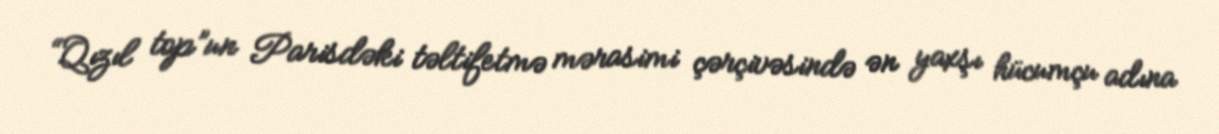
“Qızıl top”un Parisdəki təltifetmə mərasimi çərçivəsində ən yaxşı hücumçu adına